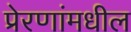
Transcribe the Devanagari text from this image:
प्रेरणांमधील